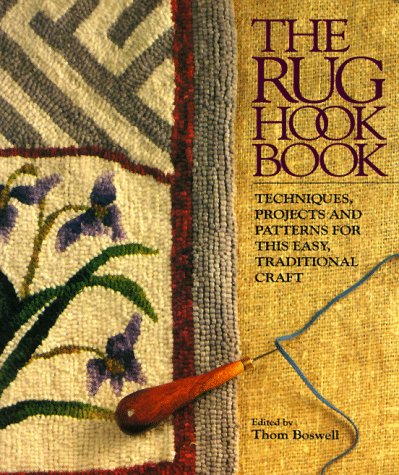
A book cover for The Rug Hook Book: Techniques, Projects And Patterns For This Easy, Traditional Craft; Thom Boswell; Crafts, Hobbies & Home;